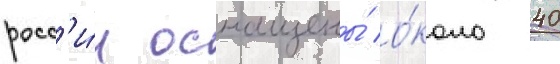
росс'и́и оснащены́ о́коло 40